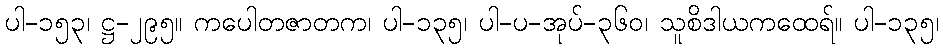
ပါ-၁၅၃၊ ဋ္ဌ-၂၉၅။ ကပေါတဇာတက၊ ပါ-၁၃၅၊ ပါ-ပ-အုပ်-၃၆၀၊ သူစိဒါယကထေရ်။ ပါ-၁၃၅၊